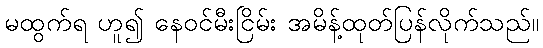
မထွက်ရ ဟူ၍ နေဝင်မီးငြိမ်း အမိန့်ထုတ်ပြန်လိုက်သည်။